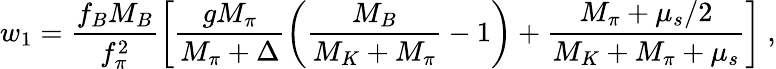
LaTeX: w_{1}=\frac{f_{B}M_{B}}{f_{\pi}^{2}}\left[\frac{gM_{\pi}}{M_{\pi}+\Delta}\left(\frac{M_{B}}{M_{K}+M_{\pi}}-1\right)+\frac{M_{\pi}+\mu_{s}/2}{M_{K}+M_{\pi}+\mu_{s}}\right]~,